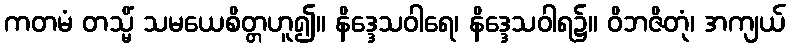
ကတမံ တသ္မိံ သမယေစိတ္တဟူ၍။ နိဒ္ဒေသဝါရေ၊ နိဒ္ဒေသဝါရ၌။ ဝိဘဇိတုံ၊ အကျယ်